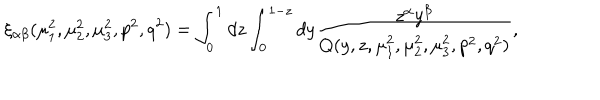
\xi _ { \alpha \beta } ( \mu _ { 1 } ^ { 2 } , \mu _ { 2 } ^ { 2 } , \mu _ { 3 } ^ { 2 } , p ^ { 2 } , q ^ { 2 } ) = \int _ { 0 } ^ { 1 } d z \int _ { 0 } ^ { 1 - z } d y \frac { z ^ { \alpha } y ^ { \beta } } { Q ( y , z , \mu _ { 1 } ^ { 2 } , \mu _ { 2 } ^ { 2 } , \mu _ { 3 } ^ { 2 } , p ^ { 2 } , q ^ { 2 } ) } ,